Vaccination in Bombay 1863-1868 - 1863-1868
Year: 1863
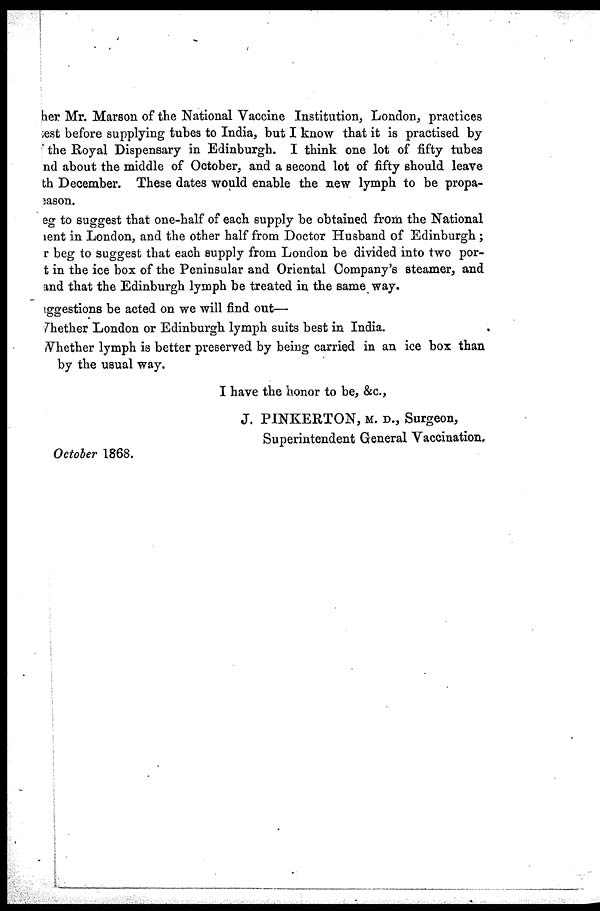
her Mr. Marson of the National Vaccine Institution, London, practices
test before supplying tubes to India, but I know that it is practised by
the Royal Dispensary in Edinburgh. I think one lot of fifty tubes
and about the middle of October, and a second lot of fifty should leave
th December. These dates would enable the new lymph to be propa-
eason.
eg to suggest that one-half of each supply be obtained from the National
rent in London, and the other half from Doctor Husband of Edinburgh ;
r beg to suggest that each supply from London be divided into two por¬
t in the ice box of the Peninsular and Oriental Company's steamer, and
and that the Edinburgh lymph be treated in the same way.
ggestions be acted on we will find out—
Whether London or Edinburgh lymph suits best in India.
Whether lymph is better preserved by being carried in an ice box than
by the usual way.
I have the honor to be, &c.,
J. PINKERTON, M. D., Surgeon,
Superintendent General Vaccination.
October 1868.